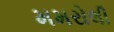
મમરોલી